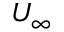
U _ { \infty }